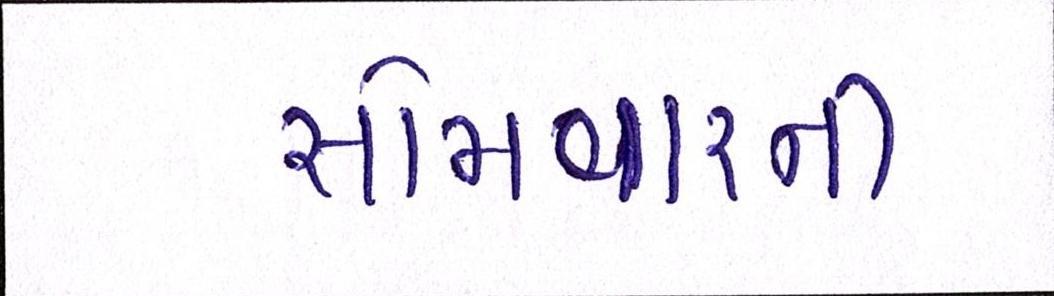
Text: સોમવારની